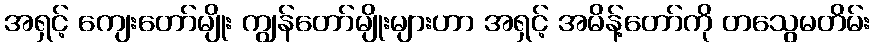
အရှင့် ကျေးတော်မျိုး ကျွန်တော်မျိုးများဟာ အရှင့် အမိန့်တော်ကို တသွေမတိမ်း